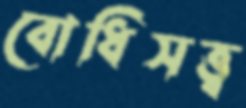
বোধিসত্ত্ব